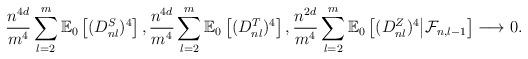
LaTeX: \begin{align*}\frac{n^{4d }}{m^4} \sum_{l = 2}^m \mathbb{E}_0\left[(D^S_{nl})^4 \right], \frac{n^{4d }}{m^4}\sum_{l = 2}^m \mathbb{E}_0\left[(D^T_{nl})^4 \right], \frac{n^{2d }}{m^4}\sum_{l = 2}^m \mathbb{E}_0\left[(D^Z_{nl})^4 \middle| \mathcal{F}_{n, l- 1}\right] \longrightarrow 0.\end{align*}